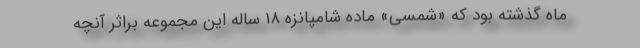
ماه گذشته بود که «شمسی» ماده شامپانزه ۱۸ ساله این مجموعه براثر آنچه